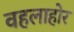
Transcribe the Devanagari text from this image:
वहलाहोर